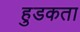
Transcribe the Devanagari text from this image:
हुडकता